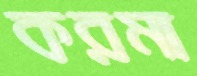
করমা